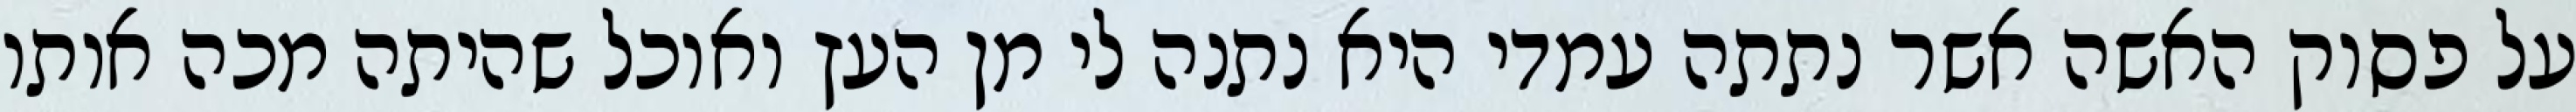
על פסוק האשה אשר נתתה עמדי היא נתנה לי מן העץ ואוכל שהיתה מכה אותו